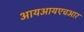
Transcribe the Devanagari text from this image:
आयआयएचआर